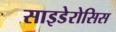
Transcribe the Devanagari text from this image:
साइडेरोसिस